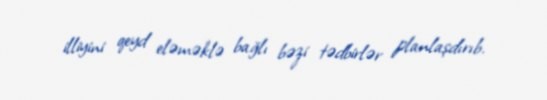
illiyini qeyd eləməklə bağlı bəzi tədbirlər planlaşdırıb.